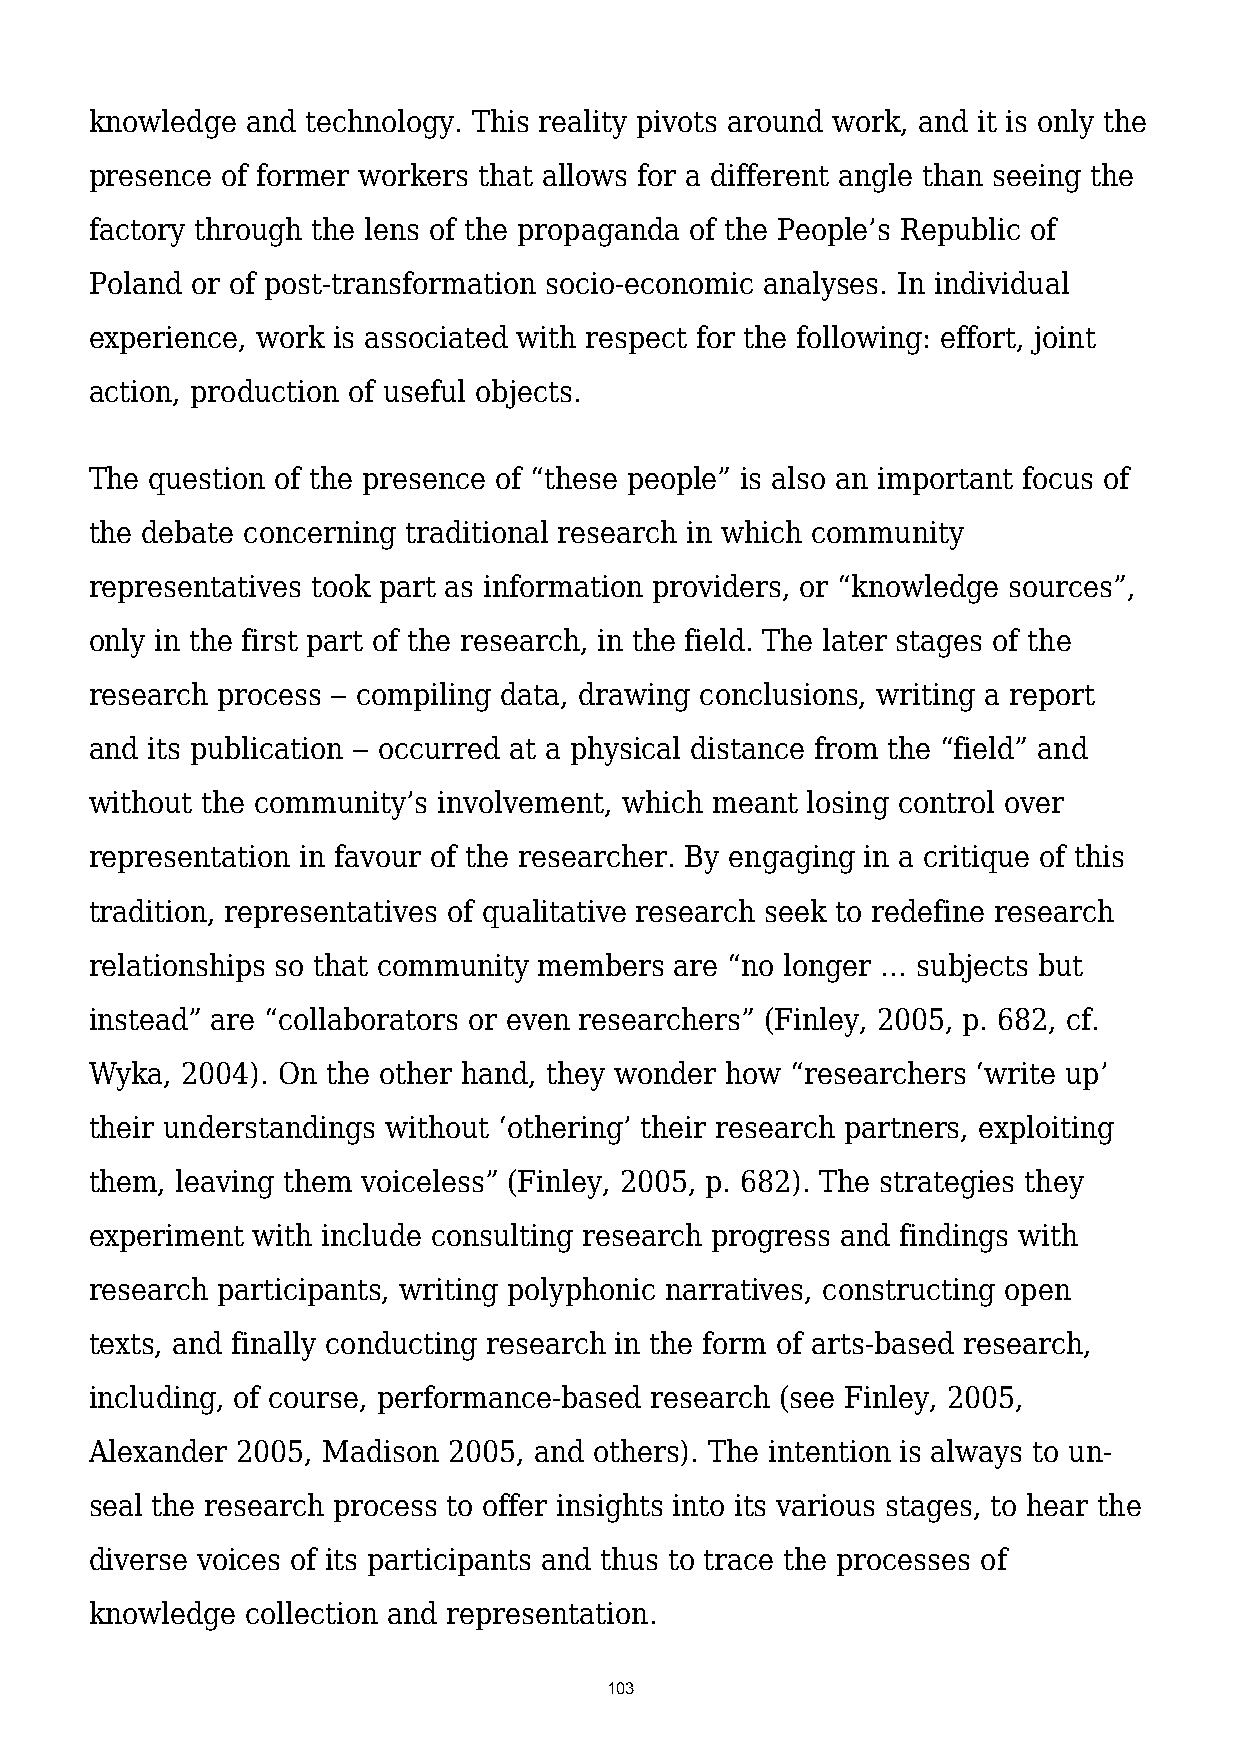
knowledge and technology. This reality pivots around work, and it is only the
 presence of former workers that allows for a different angle than seeing the
 factory through the lens of the propaganda of the People’s Republic of
 Poland or of post-transformation socio-economic analyses. In individual
 experience, work is associated with respect for the following: effort, joint
 action, production of useful objects.
 The question of the presence of “these people” is also an important focus of
 the debate concerning traditional research in which community
 representatives took part as information providers, or “knowledge sources”,
 only in the first part of the research, in the field. The later stages of the
 research process ‒ compiling data, drawing conclusions, writing a report
 and its publication ‒ occurred at a physical distance from the “field” and
 without the community’s involvement, which meant losing control over
 representation in favour of the researcher. By engaging in a critique of this
 tradition, representatives of qualitative research seek to redefine research
 relationships so that community members are “no longer … subjects but
 instead” are “collaborators or even researchers” (Finley, 2005, p. 682, cf.
 Wyka, 2004). On the other hand, they wonder how “researchers ‘write up’
 their understandings without ‘othering’ their research partners, exploiting
 them, leaving them voiceless” (Finley, 2005, p. 682). The strategies they
 experiment with include consulting research progress and findings with
 research participants, writing polyphonic narratives, constructing open
 texts, and finally conducting research in the form of arts-based research,
 including, of course, performance-based research (see Finley, 2005,
 Alexander 2005, Madison 2005, and others). The intention is always to un-
 seal the research process to offer insights into its various stages, to hear the
 diverse voices of its participants and thus to trace the processes of
 knowledge collection and representation.
 103